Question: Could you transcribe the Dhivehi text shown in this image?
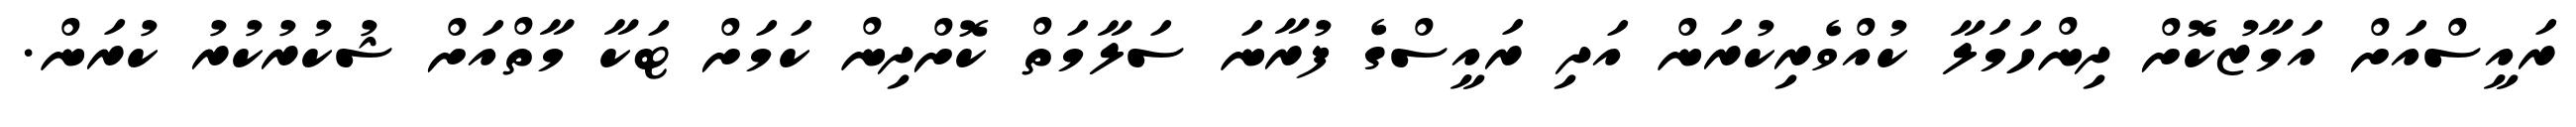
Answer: ރައީސްއަށް އަމާޒުކޮށް ދިންހަމަލާ ކުއްވެރިކުރަން އަދި ރައީސްގެ ފުރާނަ ސަލާމަތް ކޮށްދިން ކަމަށް ޓަކާ މާތްއަށް ޝުކުރުކުރު ކުރަން.